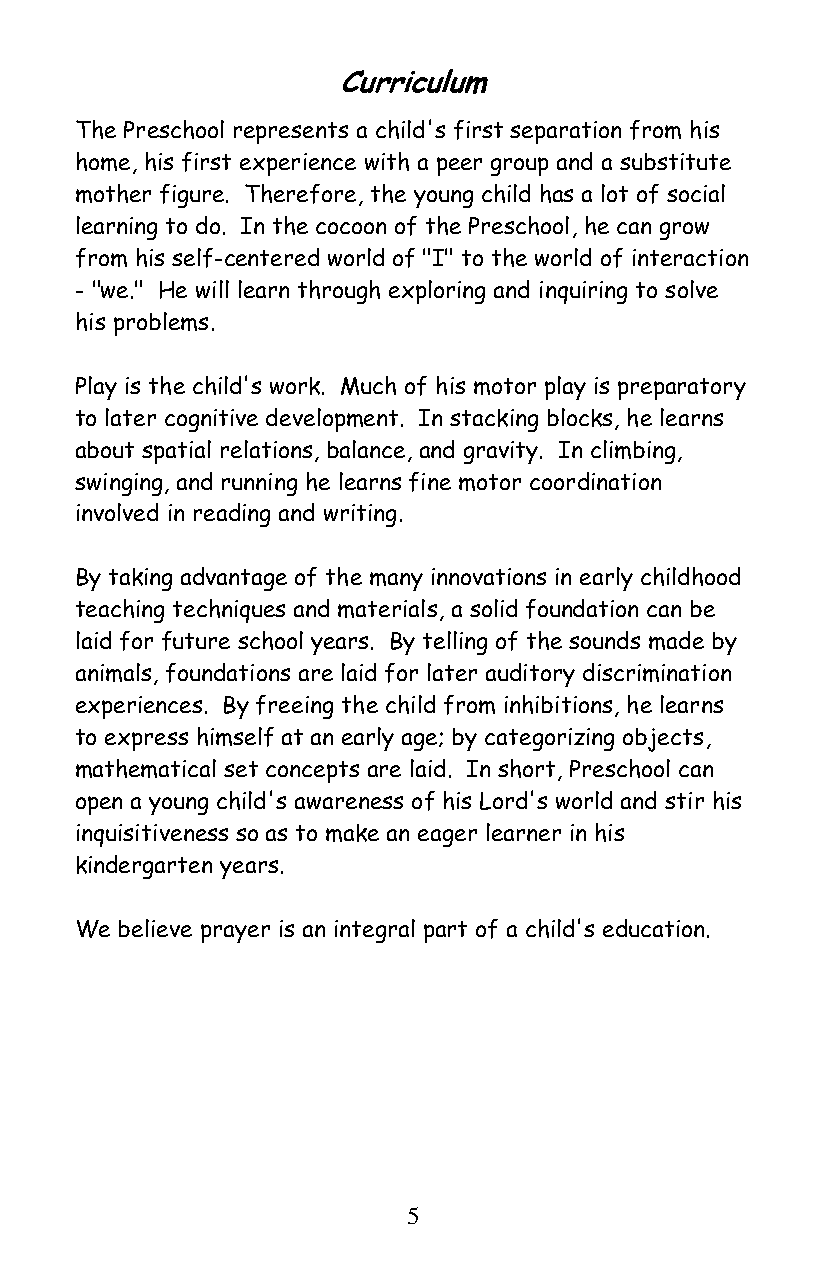
Curriculum
 The Preschool represents a child's first separation from his
 home, his first experience with a peer group and a substitute
 mother figure. Therefore, the young child has a lot of social
 learning to do. In the cocoon of the Preschool, he can grow
 from his self-centered world of "I" to the world of interaction
 - "we." He will learn through exploring and inquiring to solve
 his problems.
 Play is the child's work. Much of his motor play is preparatory
 to later cognitive development. In stacking blocks, he learns
 about spatial relations, balance, and gravity. In climbing,
 swinging, and running he learns fine motor coordination
 involved in reading and writing.
 By taking advantage of the many innovations in early childhood
 teaching techniques and materials, a solid foundation can be
 laid for future school years. By telling of the sounds made by
 animals, foundations are laid for later auditory discrimination
 experiences. By freeing the child from inhibitions, he learns
 to express himself at an early age; by categorizing objects,
 mathematical set concepts are laid. In short, Preschool can
 open a young child's awareness of his Lord's world and stir his
 inquisitiveness so as to make an eager learner in his
 kindergarten years.
 We believe prayer is an integral part of a child's education.
 5